Calcutta medical institutions reports 1871-78
Year: 1871
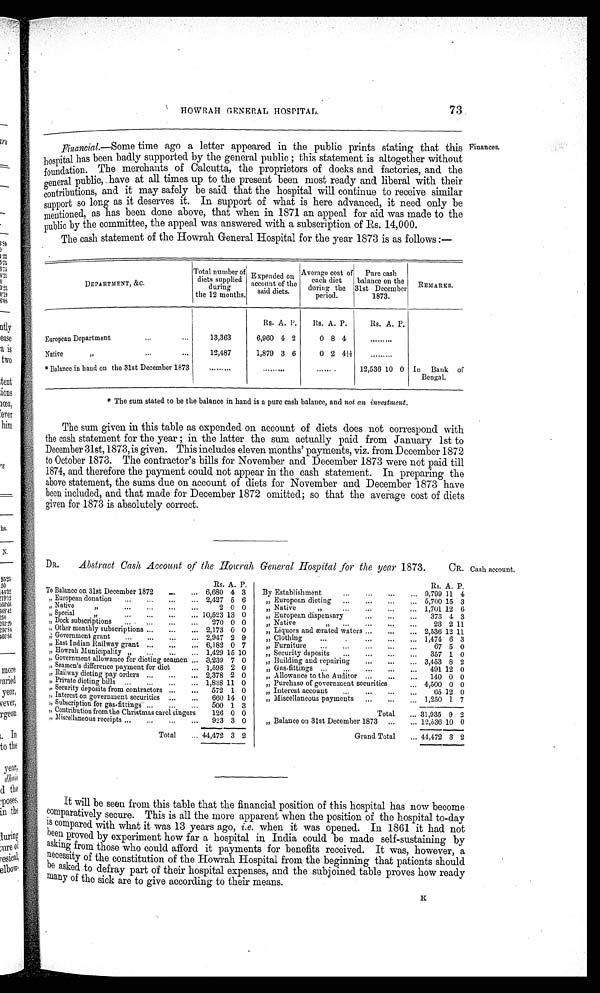
HOWRAH GENERAL HOSPITAL.
73
Financial. —Some time ago a letter appeared in the public prints stating that this
hospital has been badly supported by the general public ; this statement is altogether without
foundation. The merchants of Calcutta, the proprietors of docks and factories, and the
general public, have at all times up to the present been most ready and liberal with their
contributions, and it may safely be said that the hospital will continue to receive similar
support so long as it deserves it. In support of what is here advanced, it need only be
mentioned, as has been done above, that when in 1871 an appeal for aid was made to the
public by the committee, the appeal was answered with a subscription of Rs. 14,000.
Finances.
The cash statement of the Howrah General Hospital for the year 1873 is as follows :—
DEPARTMENT, &C.
Total number of
diets supplied
during
the 12 months.
Expended on
account of the
said diets.
Average cost of
each diet
during the
period.
Pure cash
balance on the
31st December
1873.
REMARKS.
Rs. A. P.
Rs. A. P.
Rs. A. P.
European Department
13,363
6,960 4 2
0 8 4
. . . . . . . . .
Native
12,487
1,879 3 6
0 2 41/1½
.........
* Balance in hand on the 31st December 1873
. . . . . . . . .
.........
. . . . . . . . .
12,536 10 0 In Bank of
Bengal.
* The sum stated to be the balance in hand is a pure cash balance, and not an investment.
The sum given in this table as expended on account of diets does not correspond with
the cash statement for the year ; in the latter the sum actually paid from January 1st to
December 31st, 1873, is given. This includes eleven months' payments, viz. from December 1872
to October 1873. The contractor's bills for November and December 1873 were not paid till
1874, and therefore the payment could not appear in the cash statement. In preparing the
above statement, the sums due on account of diets for November and December 1873 have
been included, and that made for December 1872 omitted; so that the average cost of diets
given for 1873 is absolutely correct.
DR.
Abstract Cash Account of the Howrah General Hospital for the year 1873.
CR. Cash account.
Rs. A. P.
To Balance on 31st December 1872
6,680 4 3
,, European donation
2,427 5 6
„ Native
2 0 0
„ Special
10,523 13 0
,, Dock subscriptions
270 0 0
„ Other monthly subscrip tions
2,173 0 0
,, Government grant
2,947 2 9
„ East Indian Railway grant
6,182 0 7
„ Howrah Municipality
1,429 15 10
„ Government allowance for dieting seamen
3,239 7 0
„ Seamen's difference payment for diet
1,598 2 0
„ Railway dieting pay orders
2,378 2 0
„ Private dieting bills
1,838 11 0
„ Security deposits from contractors
572 1 0
„ Interest on government securities
660 14 0
„ Subscription for gas-fittings
500 1 3
, , C o n t r i b u t i o n f r o m t h e C h r i s t m a s c a r o l s i n g e r s
126 0 0
, , M
i s c e l l a n e o u s r e c e i p t s 923 3 0
Total
44,472 3 2
Rs. A. P.
By Establishment
9,799 11 4
„ European dieting
.5,700 15 3
„ Native
1,701 12 6
„ European dispensary
373 4 3
„ Native
23 2 11
„ Liquors and ærated waters
2,536 12 11
,, Clothing
..1,474 6 3
„ Furniture
67 5 0
„ Security deposits
357 1 0
„ Building and repairing
...3,453 8 2
„ Gas-fittings
491 12 0
„ Allowance to the Auditor
140 0 0
„ Purchase of government securities
4,500 0 0
„ Interest account
65 12 0
„ Miscellaneous payments
1,250 1 7
Total
..31,935 9 2
„ Balance on 31st December 1873
12,536 10 0
Grand Total
44,472 3 2
It will be seen from this table that the financial position of this hospital has now become
comparatively secure. This is all the more apparent when the position of the hospital to-day
is compared with what it was 13 years ago, i.e. when it was opened. In 1861 it had not
been proved by experiment how far a hospital in India could be made self-sustaining by
asking from those who could afford it payments for benefits received. It was, however, a
necessity of the constitution of the Howrah Hospital from the beginning that patients should
be asked to defray part of their hospital expenses, and the subjoined table proves how ready
many of the sick are to give according to their means.